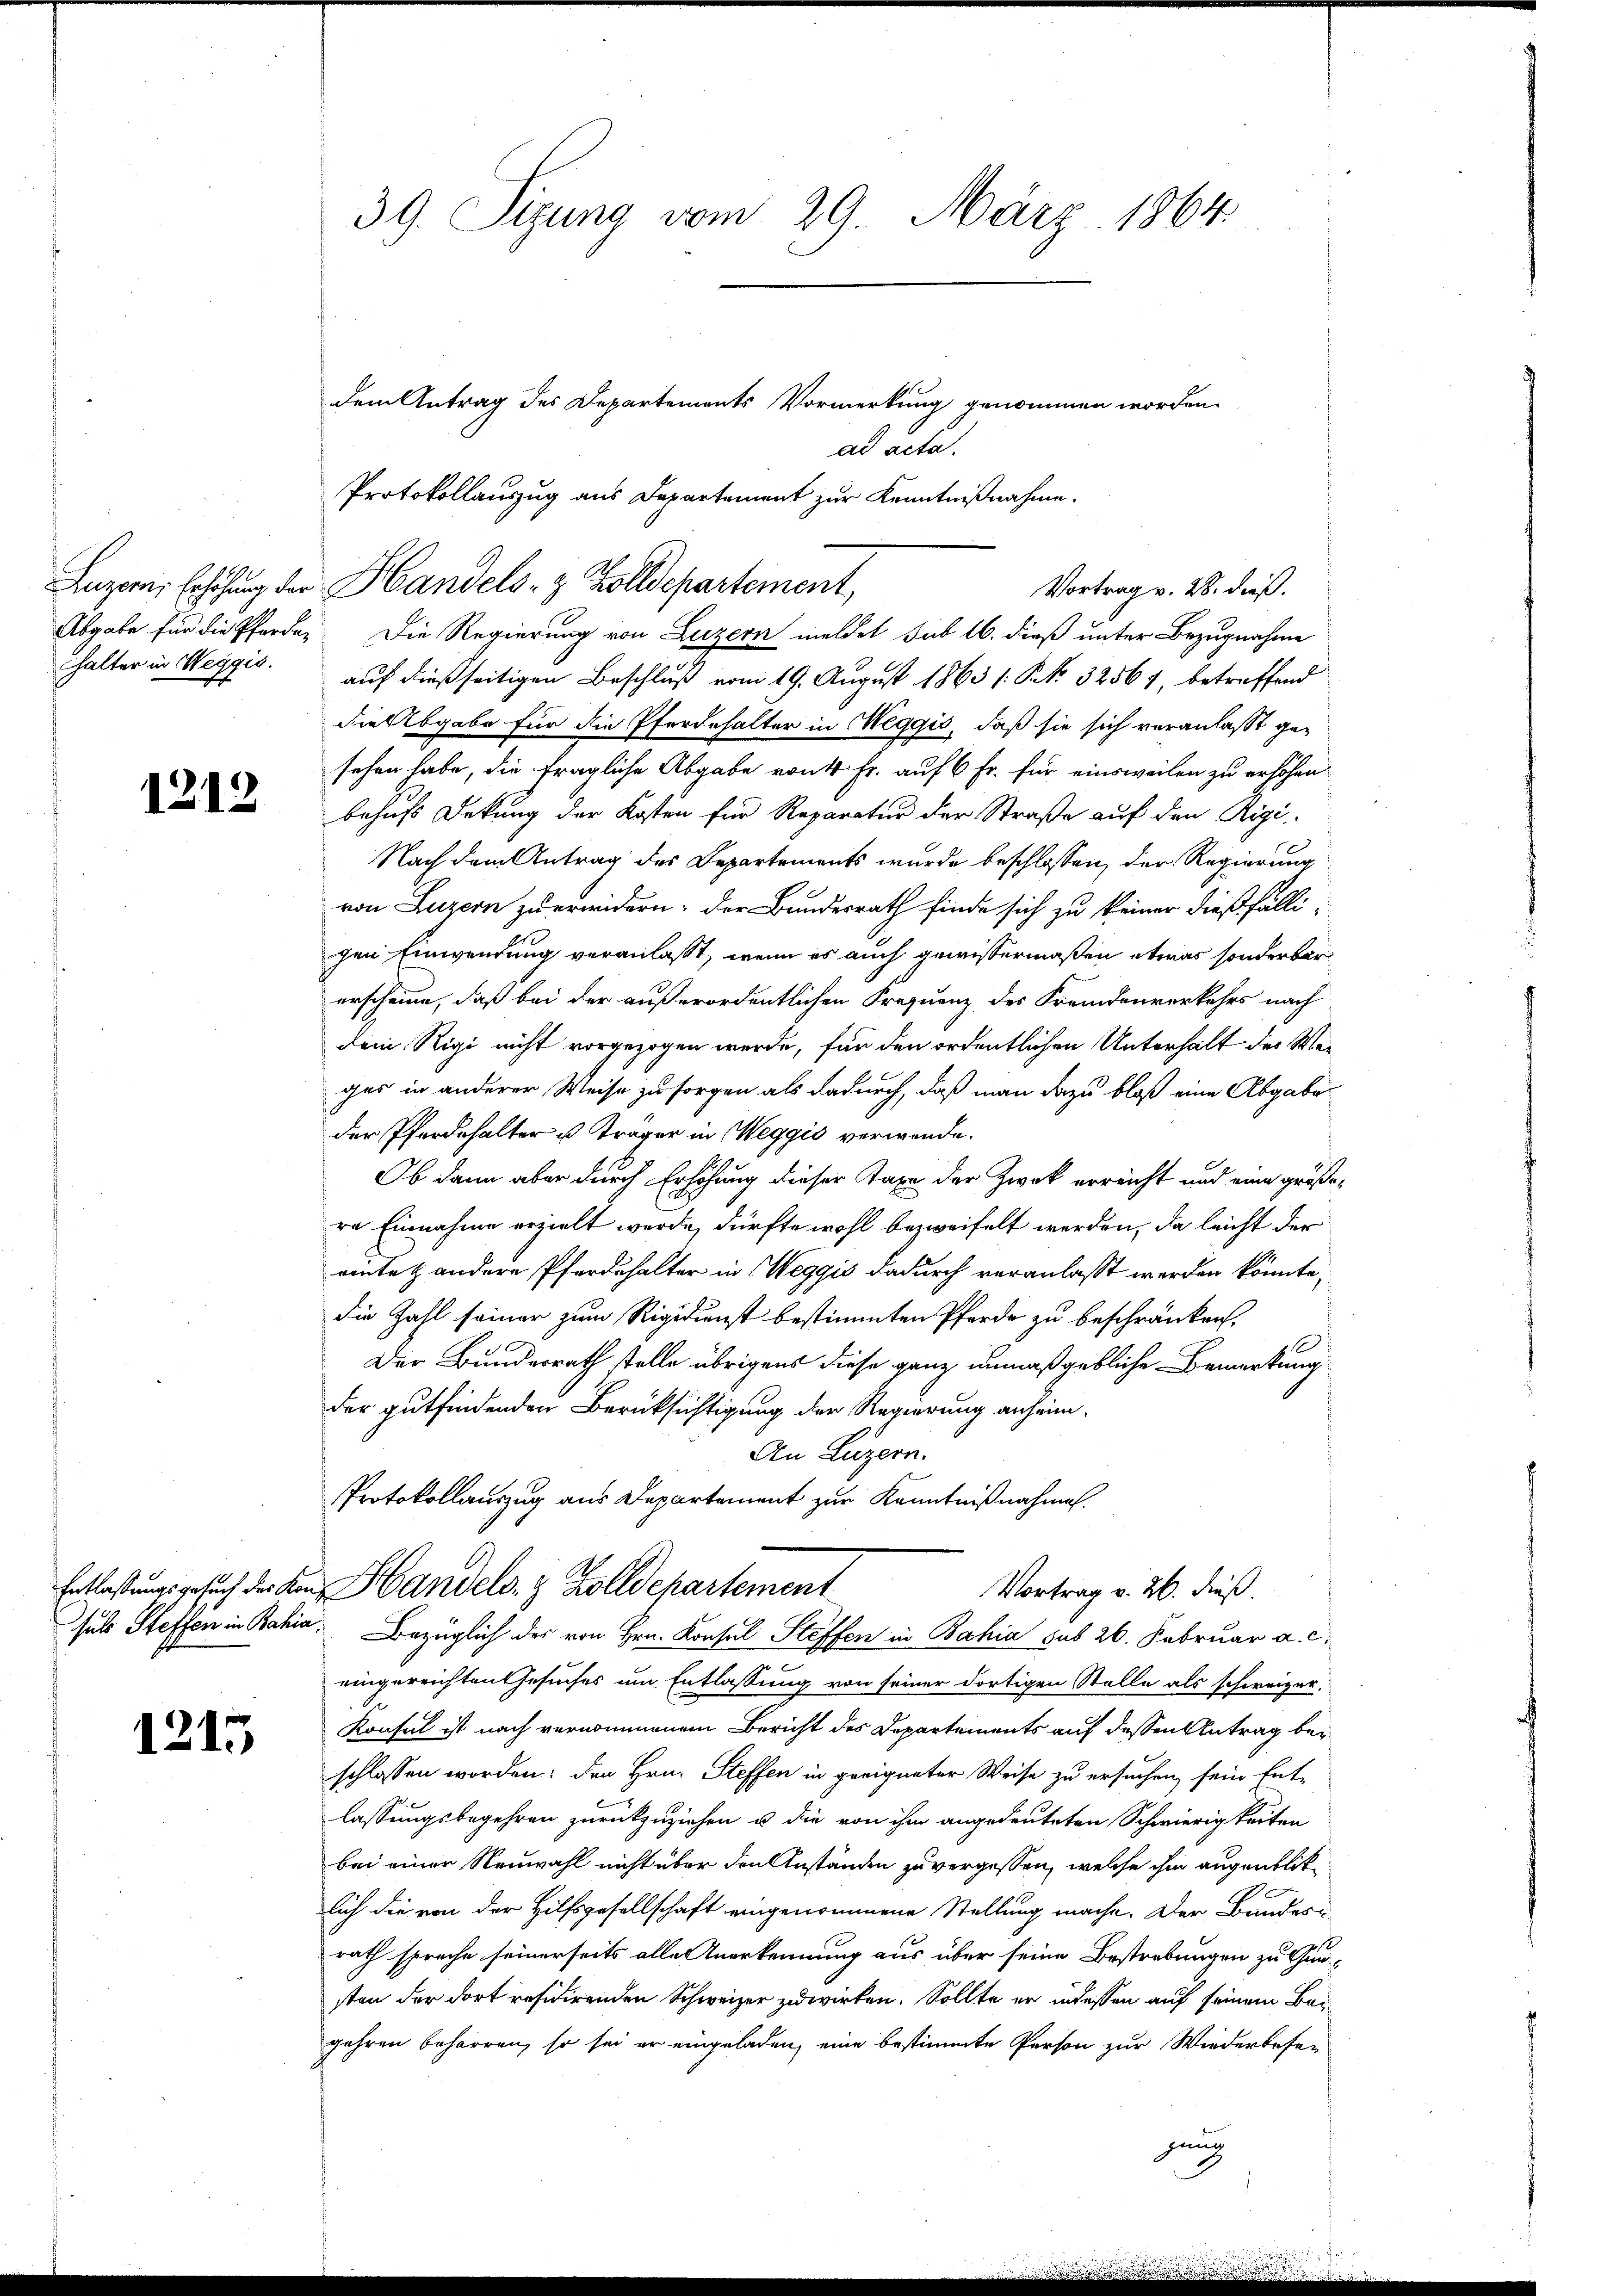
halter in Weggis.

1212

1215

dem Antrag des Departements Vormerkung genommen worden.
ad acta.
Protokollauszug aus Departement zur Kenntnißnahme.
Abgabe für die Pferde. Die Regierung von Luzern meldet sub 16. dieß unter Bezugnahme
auf dießseitigen Beschluß vom 19. August 1863 s. S. 32561, betreffend
die Abgabe für die Pferdehalter in Weggis, daß sie sich veranlasst gesehen habe, die fragliche Abgabe von 4 Fr. auf 6 Fr. für einsweilen zu erhöhen.
behufs Dekung der Kosten für Reparatur der Straße auf den Rigi
Nach dem Antrag des Departements wurde beschlossen, der Regierung
von Luzern zu erwidern: der Bundesrath finde sich zu keiner dießfälli-
gen Einwendung veranlaßt, wenn es auch gewissermaßen etwas sonderbar
erscheine, daß bei der außerordentlichen Frequenz des Fremdenverkehrs nach
dem Rigi nicht vorgezogen werde, für den ordentlichen Unterhalt der Weiges in anderer Weise zu sorgen als dadurch, daß man dazu bloß eine Abgabe
der Pferdehalter u Träger in Weggis verwende.
Ob dann aber durch Erhöhung dieser Taxe der Zweck erreicht und eine größere Einnahme erzielt werde, dürfte wohl bezweifelt werden, da leicht der
einte & andere Pferdehalter in Weggis dadurch veranlasst werden könnte,
die Zahl seiner zum Rigidienst bestimmten Pferde zu beschränken.
Der Bundesrath stelle übrigens diese ganz unmaßgebliche Bemerkung
der gutfindenden Berüksichtigung der Regierung anheim.
An Luzern.
Protokollauszug aus Departement zur Kenntnißnahmen.
Entlassungsgesuch der am Handels- & Zolldepartement
Vortrag v. 26. dieß.
sels Steffen in Bahia, Bezüglich des von Hrn. Konsul Steffen in Bahia sub 26. Februar a. c.
eingereichten Gesuches um Entlassung von seiner dortigen Stelle als schweizer.
Konsul ist nach vernommenem Bericht des Departements auf dessen Antrag beschlossen worden: den Hrn. Steffen in geeigneter Weise zu ersuchen, sein Ent-
lassungsbegehren zurückzuziehen u. die von ihm angedeuteten Schwierigkeiten
bei einer Neuwahl nicht über den Anständen zu vergessen, welche ihm augenblik
lich die von der Hilfsgesellschaft eingenommene Stellung mache. Der Bandern
rath spreche seinerseits alle Anerkennung aus über seine Bestrebungen zu Gesten der dort residirenden Schweizer zuwirken. Sollte er in dessen auf seinem Bei
gehren beharren, so sei er eingeladen, eine bestimmte Person zur Wiederbeser
gung

39. Sizung vom 29. März 1864.

Luzern Erhöhung der Handels- & Zolldepartement,

Vortrag v. 28. dieß.